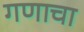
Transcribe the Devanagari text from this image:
गणाचा